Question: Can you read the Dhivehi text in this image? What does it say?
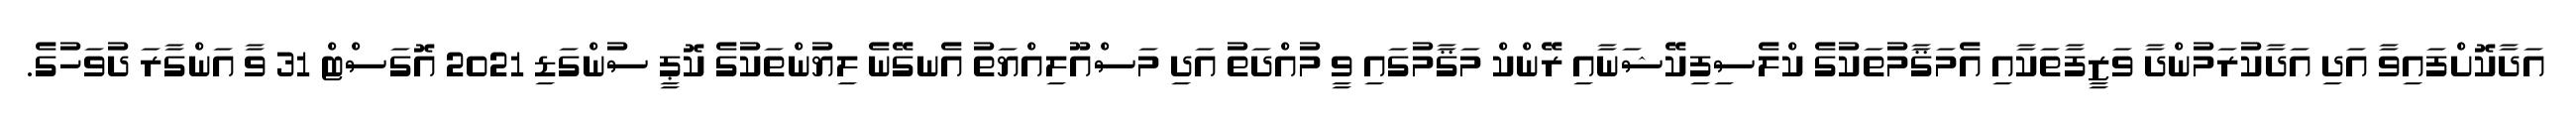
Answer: އަދާކޮށްފައިވާ އަދި އަދާކުރަމުންދާ ވަޒީފާތަކާއި އެމަޤާމުތަކުގެ ކްލެސިފިކޭޝަނާއި ރޭންކް މަޤާމުގައި ވީ މުއްދަތު އަދި މަސްއޫލިއްޔަތު އެނގޭނެ ލިޔުންތަކުގެ ކޮޕީ ސުންގަޑި 2021 އޮގަސްޓް 31 ވާ އަންގާރަ ދުވަހުގެ.